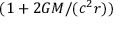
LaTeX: ( 1 + 2 G M / ( c ^ { 2 } r ) )